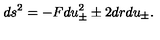
d s ^ { 2 } = - F d u _ { \pm } ^ { 2 } \pm 2 d r d u _ { \pm } .